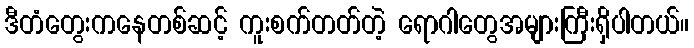
ဒီတံတွေးကနေတစ်ဆင့် ကူးစက်တတ်တဲ့ ရောဂါတွေအများကြီးရှိပါတယ်။